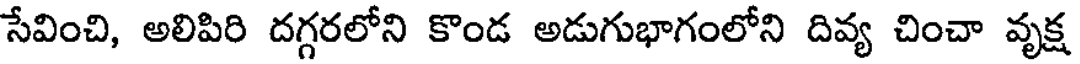
సేవించి, అలిపిరి దగ్గరలోని కొండ అడుగుభాగంలోని దివ్య చించా వృక్ష